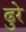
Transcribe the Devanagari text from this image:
ढुरे